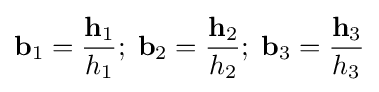
\mathbf {b} _{1}={\dfrac {\mathbf {h} _{1}}{h_{1}}};\;\mathbf {b} _{2}={\dfrac {\mathbf {h} _{2}}{h_{2}}};\;\mathbf {b} _{3}={\dfrac {\mathbf {h} _{3}}{h_{3}}}